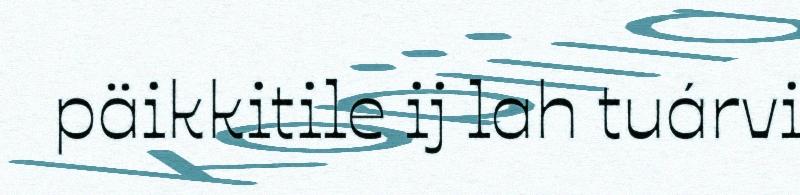
päikkitile ij lah tuárvi